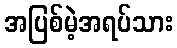
အပြစ်မဲ့အရပ်သား